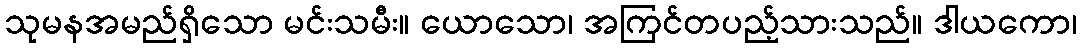
သုမနအမည်ရှိသော မင်းသမီး။ ယောသော၊ အကြင်တပည့်သားသည်။ ဒါယကော၊